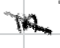
Text: in
Cross-out: diagonal
Writing tool: digital_black